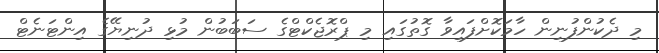
މި ދެކުންފުނިން ހާމަކޮށްފައިވާ ގޮތުގައި މި ޕްރޮޖެކްޓްގެ ސަބަބުން މުޅި ދުނިޔޭގެ އިންޓަނެޓް